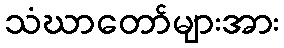
သံဃာတော်များအား